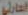
الحارثي